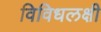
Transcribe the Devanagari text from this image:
विविधलक्षी